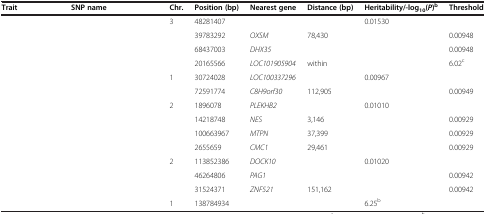
<table><thead><tr><td><b>Trait</b></td><td><b>SNP name</b></td><td><b>Chr.</b></td><td><b>Position (bp)</b></td><td><b>Nearest gene</b></td><td><b>Distance (bp)</b></td><td><b>Heritability/-log<sub>10</sub>(<i>P</i>)<sup>b</sup></b></td><td><b>Threshold</b></td></tr></thead><tbody><tr><td rowspan="4">[EMPTY_CELL]</td><td>[EMPTY_CELL]</td><td>3</td><td>48281407</td><td>[EMPTY_CELL]</td><td>[EMPTY_CELL]</td><td>0.01530</td><td>[EMPTY_CELL]</td></tr><tr><td>[EMPTY_CELL]</td><td>[EMPTY_CELL]</td><td>39783292</td><td><i>OXSM</i></td><td>78,430</td><td>[EMPTY_CELL]</td><td>0.00948</td></tr><tr><td>[EMPTY_CELL]</td><td>[EMPTY_CELL]</td><td>68437003</td><td><i>DHX35</i></td><td>[EMPTY_CELL]</td><td>[EMPTY_CELL]</td><td>0.00948</td></tr><tr><td>[EMPTY_CELL]</td><td>[EMPTY_CELL]</td><td>20165566</td><td><i>LOC101905904</i></td><td>within</td><td>[EMPTY_CELL]</td><td>6.02<sup>c</sup></td></tr><tr><td rowspan="2">[EMPTY_CELL]</td><td>[EMPTY_CELL]</td><td>1</td><td>30724028</td><td><i>LOC100337296</i></td><td>[EMPTY_CELL]</td><td>0.00967</td><td>[EMPTY_CELL]</td></tr><tr><td>[EMPTY_CELL]</td><td>[EMPTY_CELL]</td><td>72591774</td><td><i>C8H9orf30</i></td><td>112,905</td><td>[EMPTY_CELL]</td><td>0.00949</td></tr><tr><td rowspan="4">[EMPTY_CELL]</td><td>[EMPTY_CELL]</td><td>2</td><td>1896078</td><td><i>PLEKHB2</i></td><td>[EMPTY_CELL]</td><td>0.01010</td><td>[EMPTY_CELL]</td></tr><tr><td>[EMPTY_CELL]</td><td>[EMPTY_CELL]</td><td>14218748</td><td><i>NES</i></td><td>3,146</td><td>[EMPTY_CELL]</td><td>0.00929</td></tr><tr><td>[EMPTY_CELL]</td><td>[EMPTY_CELL]</td><td>100663967</td><td><i>MTPN</i></td><td>37,399</td><td>[EMPTY_CELL]</td><td>0.00929</td></tr><tr><td>[EMPTY_CELL]</td><td>[EMPTY_CELL]</td><td>2655659</td><td><i>CMC1</i></td><td>29,461</td><td>[EMPTY_CELL]</td><td>0.00929</td></tr><tr><td rowspan="3">[EMPTY_CELL]</td><td>[EMPTY_CELL]</td><td>2</td><td>113852386</td><td><i>DOCK10</i></td><td>[EMPTY_CELL]</td><td>0.01020</td><td>[EMPTY_CELL]</td></tr><tr><td>[EMPTY_CELL]</td><td>[EMPTY_CELL]</td><td>46264806</td><td><i>PAG1</i></td><td>[EMPTY_CELL]</td><td>[EMPTY_CELL]</td><td>0.00942</td></tr><tr><td>[EMPTY_CELL]</td><td>[EMPTY_CELL]</td><td>31524371</td><td><i>ZNF521</i></td><td>151,162</td><td>[EMPTY_CELL]</td><td>0.00942</td></tr><tr><td>[EMPTY_CELL]</td><td>[EMPTY_CELL]</td><td>1</td><td>138784934</td><td>[EMPTY_CELL]</td><td>[EMPTY_CELL]</td><td>6.25<sup>b</sup></td><td>[EMPTY_CELL]</td></tr></tbody></table>